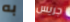
به جريس